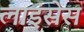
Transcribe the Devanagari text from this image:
लाइंसेस